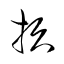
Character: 損